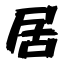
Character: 居